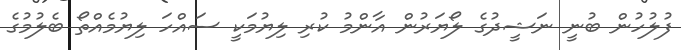
ފުލުހުން ބުނީ ނަޝީދުގެ ލޯޔަރުން އާންމު ކުރި ލިޔުމަކީ ސައްހަ ލިޔުމެއްތޯ ބެލުމުގެ